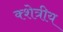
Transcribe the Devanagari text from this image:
क्शेत्रीय